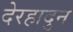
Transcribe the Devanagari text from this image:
देरहादुन